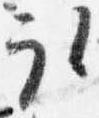
取